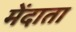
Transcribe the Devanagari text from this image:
मेंदाता